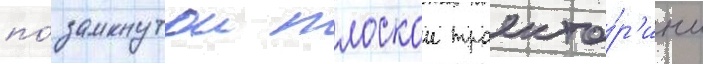
по́ замкнутои плоскои траекто́р'ии